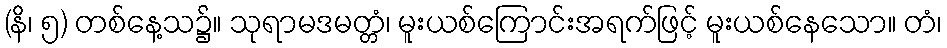
(နိ၊ ၅) တစ်နေ့သ၌။ သုရာမဒမတ္တံ၊ မူးယစ်ကြောင်းအရက်ဖြင့် မူးယစ်နေသော။ တံ၊